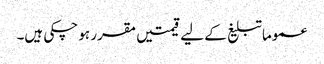
عموما تبلیغ کے لیے قیمتیں مقرر ہو چکی ہیں۔